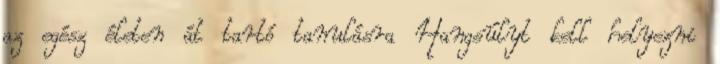
az egész életen át tartó tanulásra Hangsúlyt kell helyezni